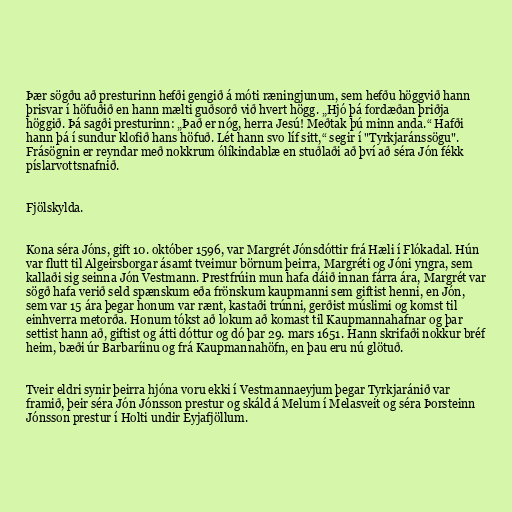
Þær sögðu að presturinn hefði gengið á móti ræningjunum, sem hefðu höggvið hann
þrisvar í höfuðið en hann mælti guðsorð við hvert högg. „Hjó þá fordæðan þriðja
höggið. Þá sagði presturinn: „Það er nóg, herra Jesú! Meðtak þú minn anda.“ Hafði
hann þá í sundur klofið hans höfuð. Lét hann svo líf sitt,“ segir í "Tyrkjaránssögu".
Frásögnin er reyndar með nokkrum ólíkindablæ en stuðlaði að því að séra Jón fékk
píslarvottsnafnið.

Fjölskylda.

Kona séra Jóns, gift 10. október 1596, var Margrét Jónsdóttir frá Hæli í Flókadal. Hún
var flutt til Algeirsborgar ásamt tveimur börnum þeirra, Margréti og Jóni yngra, sem
kallaði sig seinna Jón Vestmann. Prestfrúin mun hafa dáið innan fárra ára, Margrét var
sögð hafa verið seld spænskum eða frönskum kaupmanni sem giftist henni, en Jón,
sem var 15 ára þegar honum var rænt, kastaði trúnni, gerðist múslimi og komst til
einhverra metorða. Honum tókst að lokum að komast til Kaupmannahafnar og þar
settist hann að, giftist og átti dóttur og dó þar 29. mars 1651. Hann skrifaði nokkur bréf
heim, bæði úr Barbaríinu og frá Kaupmannahöfn, en þau eru nú glötuð.

Tveir eldri synir þeirra hjóna voru ekki í Vestmannaeyjum þegar Tyrkjaránið var
framið, þeir séra Jón Jónsson prestur og skáld á Melum í Melasveit og séra Þorsteinn
Jónsson prestur í Holti undir Eyjafjöllum.